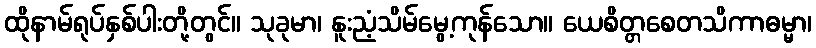
ထိုနာမ်ရုပ်နှစ်ပါးတို့တွင်။ သုခုမာ၊ နူးညံ့သိမ်မွေ့ကုန်သော။ ယေစိတ္တစေတသိကာဓမ္မာ၊